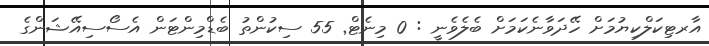
އާރޓިކަލްކިޔުމަށް ހޭދަވާނެކަމަށް ބެލެވެނީ : 0 މިނެޓް